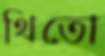
থিতো